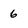
Character: 6